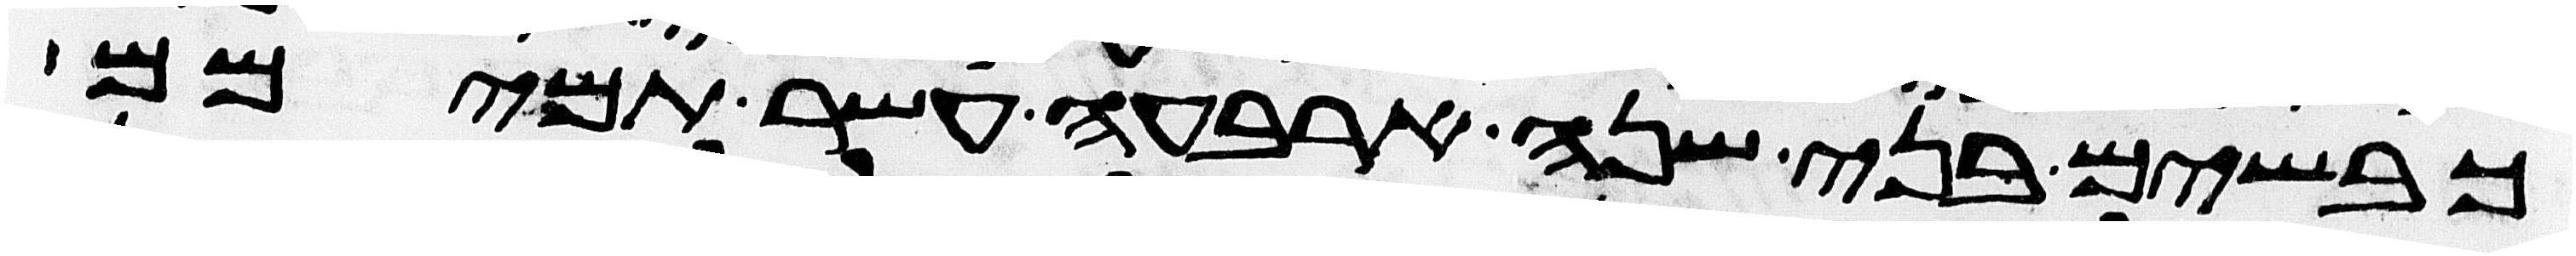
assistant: כבשים בני שנה ארבעה עשר תמימם